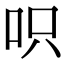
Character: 呮